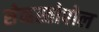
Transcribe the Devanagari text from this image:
सेव्हस्तोपोल